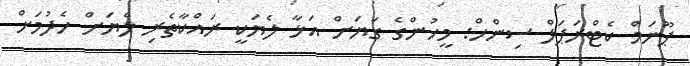
ޕޫނަމް ކެޓްރަޕަލް ސިންހް: މީހުންގެ ގަޔަށް އަޅާ ލެޔަކީ ރައްކާތެރި ލެޔަށް ހެދުމަށް